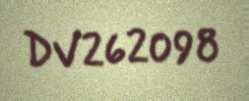
DV262098